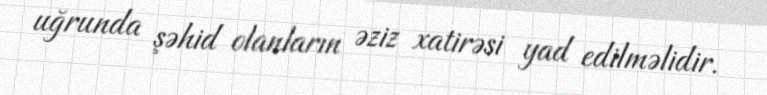
uğrunda şəhid olanların əziz xatirəsi yad edilməlidir.